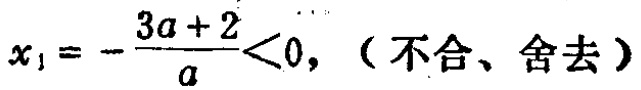
\(x_{1}=-\frac{3a + 2}{a}<0,\)（不合、舍去）